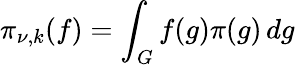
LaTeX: \pi_{\nu,k}(f)=\int_{G}f(g)\pi(g)\, dg